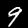
Digit: 9